Problem: 29 + 37 = ?
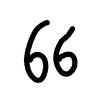
Handwritten answer: 66